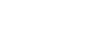
ကြမည်။